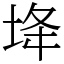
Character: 鿍